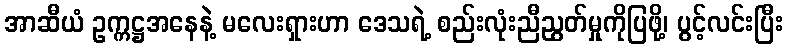
အာဆီယံ ဥက္ကဋ္ဌအနေနဲ့ မလေးရှားဟာ ဒေသရဲ့ စည်းလုံးညီညွတ်မှုကိုပြဖို့၊ ပွင့်လင်းပြီး